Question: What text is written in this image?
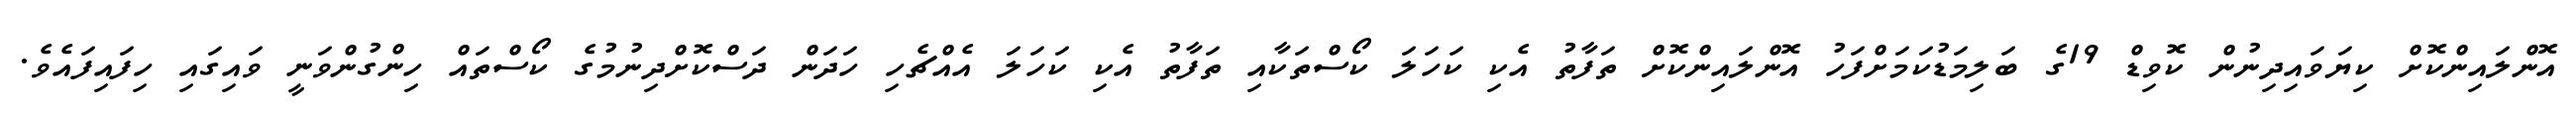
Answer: އޮންލައިންކޮށް ކިޔަވައިދިނުން ކޮވިޑް 19ގެ ބަލިމަޑުކަމަށްފަހު އޮންލައިންކޮށް ތަފާތު އެކި ކަހަލަ ކޯސްތަކާއި ތަފާތު އެކި ކަހަލަ އެއްޗެހި ހަދަން ދަސްކޮށްދިނުމުގެ ކޯސްތައް ހިންގުންވަނީ ވައިގައި ހިފައިފައެވެ.